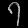
Digit: ၇